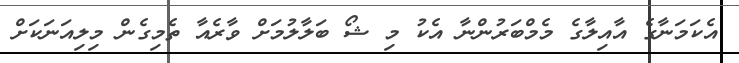
އެކަމަނާގެ އާއިލާގެ މެމްބަރުންނާ އެކު މި ޝޯ ބަލާލުމަށް ވާރެއާ ތެމިގެން މިލިއަނަކަށް